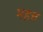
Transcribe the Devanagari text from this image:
महत्त